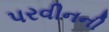
પરવીનની